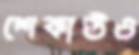
শেকাউও